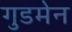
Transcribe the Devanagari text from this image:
गुडमेन